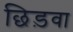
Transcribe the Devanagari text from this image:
छिड़वा